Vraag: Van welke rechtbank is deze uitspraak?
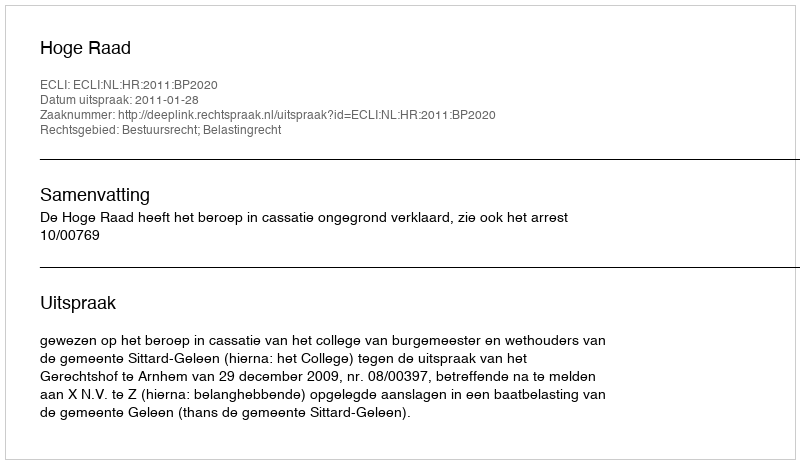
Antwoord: Hoge Raad